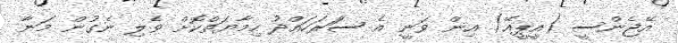
އޭޖެންސީ (އީޕީއޭ) އިން ވަނީ އެ ސަަރަހައްދު ހިމާޔަތްކޮށް ވެލި ނެގުން މަނާ